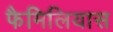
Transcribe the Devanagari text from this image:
फैमिलियास